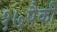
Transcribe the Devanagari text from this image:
१७पैकी